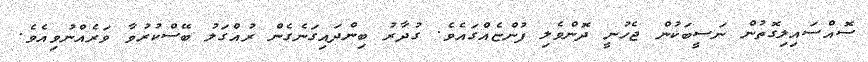
ސޮއްސައިލިގޮތުން ނަސީބަކުން ޖެހުނީ ދޮންވެލި ފުންޏެއްގައެވެ. ގުދާރު ބިންދައިގަނެގެން ރުއްގަލު ބޭސްކުރުވާ ވަރެއްނުވިއެވެ.